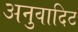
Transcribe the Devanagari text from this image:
अनुवादिट